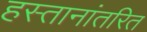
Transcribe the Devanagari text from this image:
हस्तानांतरित